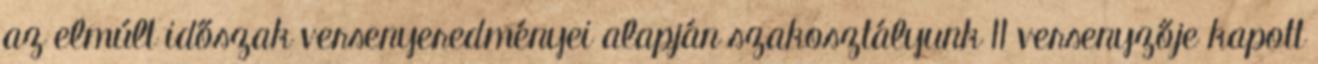
az elmúlt időszak versenyeredményei alapján szakosztályunk 11 versenyzője kapott